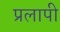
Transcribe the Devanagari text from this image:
प्रलापी